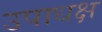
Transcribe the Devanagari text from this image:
उपाधक्ष